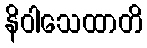
နိဝါသေထာတိ